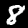
Digit: 8